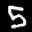
Label: 5